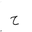
Letter: _ha